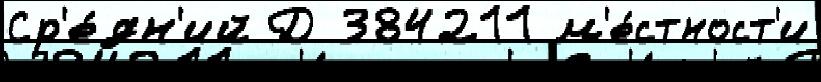
Ср'е́дн'ий Д 384211 м'е́стност'и